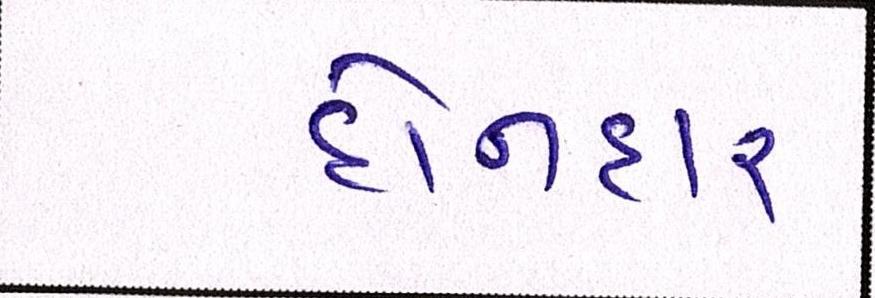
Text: દોનદાર